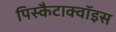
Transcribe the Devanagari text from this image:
पिस्कैटाक्वॉइस